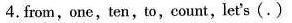
4.from,one,ten,to,count, let's(.)